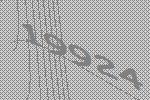
19924